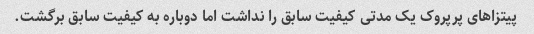
پیتزاهای پرپروک یک مدتی کیفیت سابق را نداشت اما دوباره به کیفیت سابق برگشت.